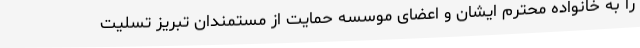
را به خانواده محترم ایشان و اعضای موسسه حمایت از مستمندان تبریز تسلیت